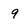
Character: 9